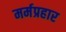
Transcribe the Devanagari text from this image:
मर्मप्रहार